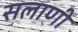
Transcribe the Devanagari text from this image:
सलाणी